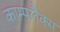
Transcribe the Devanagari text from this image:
काम्पलैक्स